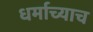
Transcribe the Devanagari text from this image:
धर्माच्याच